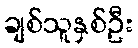
ချစ်သူနှစ်ဦး